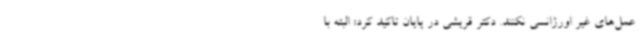
عمل‌های غیر اورژانسی نکنند. دکتر قریشی در پایان تاکید کرد: البته با